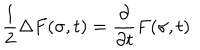
\frac { 1 } { 2 } \Delta F ( \sigma , t ) = \frac { \partial } { \partial t } F ( \sigma , t )